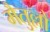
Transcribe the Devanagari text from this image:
मैतुल्लो